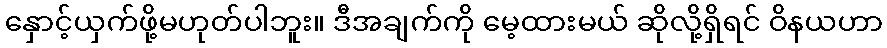
နှောင့်ယှက်ဖို့မဟုတ်ပါဘူး။ ဒီအချက်ကို မေ့ထားမယ် ဆိုလို့ရှိရင် ဝိနယဟာ